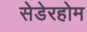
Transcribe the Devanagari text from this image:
सेडेरहोम